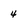
Character: 4